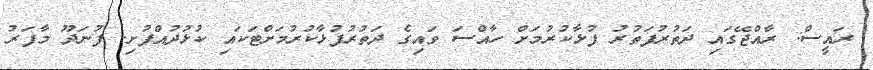
ރައީސް: ރާއްޖޭގައި ދަތުރުފަތުރު ފުޅާކުރުމަށް ހާއްސަ ވައިގެ ދަތުރުފުޅާކުރުމަށްޓަކައި ކުޅުދުއްފުށި. ފުނަދޫ މާފަރު